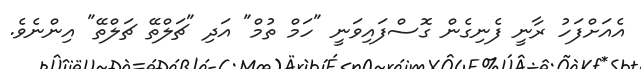
އެއަށްފަހު ރާނީ ފެނިގެން ގޮސްފައިވަނީ "ހަމް ތުމް" އަދި "ޗަލްތޭ ޗަލްތޭ" އިންނެވެ.